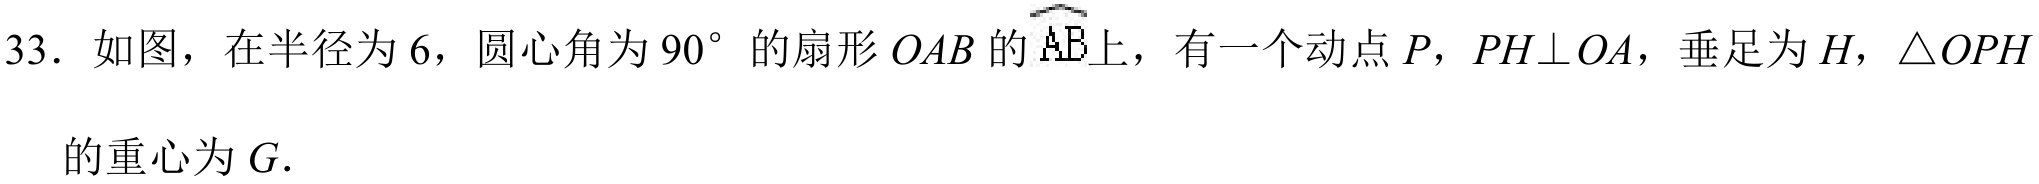
33. 如图，在半径为\(6\)，圆心角为\(90^{\circ}\)的扇形\(OAB\)的\(\overset{\frown}{AB}\)上，有一个动点\(P\)，\(PH\perp OA\)，垂足为\(H\)，\(\triangle OPH\)的重心为\(G\).